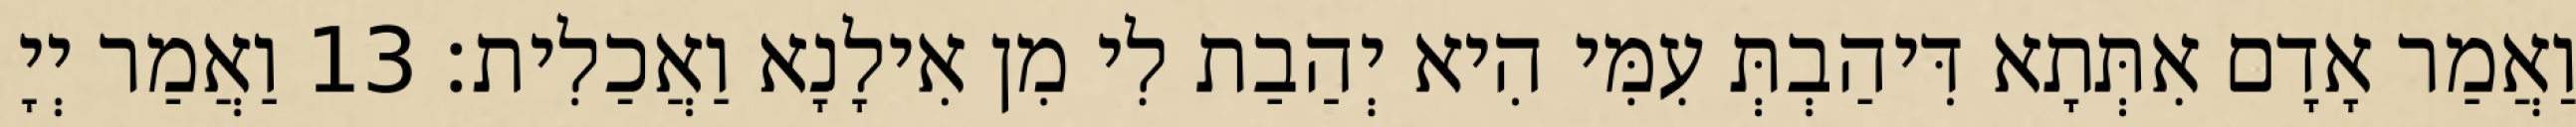
וַאֲמַר אָדָם אִתְּתָא דִּיהַבְתְּ עִמִּי הִיא יְהַבַת לִי מִן אִילָנָא וַאֲכַלִית׃ 13 וַאֲמַר יְיָ